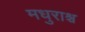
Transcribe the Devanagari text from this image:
मधुराश्च